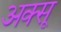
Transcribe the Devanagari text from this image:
अक्सू